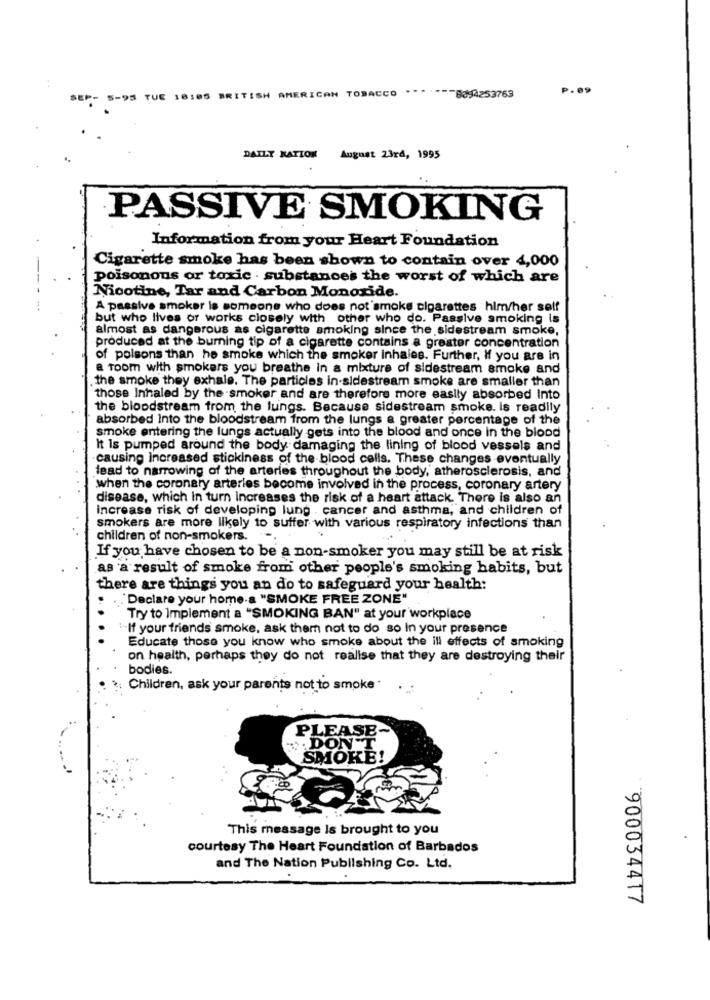
P.09
TUE 10:05 BRITISH AMERICAN TOBACCO *****-- 8894253763
DAILY RATION
August 23rd, 1995
PASSIVE SMOKING
Information from your Heart Foundation
Cigarette smoke has been shown to contain over 4,000
poisonous or toxic . substances the worst of which are
Nicotine, Tar and Carbon Monoxide.
A passive smoker is someone who does not 'smoke cigarettes him/her self
but who lives of works closely with other who do. Passive smoking is
almost as dangerous as cigarette smoking since the sidestream smoke,
produced at the burning tip of a cigarette contains a greater concentration
of polsons than he smoke which the smoker inhales. Further, If you are in
a room with smokers you breathe in a mixture of sidestream smoke and
the smoke they exhale. The particles in-sidestream smoke are smaller than
those Inhaled by the smoker and are therefore more easily absorbed Into
the bloodstream from the lungs. Because sidestream smoke. is readily
absorbed Into the bloodstream from the lungs a greater percentage of the
smoke entering the lungs actually gets into the blood and once in the blood
It Is pumped around the body damaging the lining of blood vessels and
causing increased stickiness of the blood cells. These changes eventually
lead to narrowing of the arteries throughout the body, atherosclerosis, and
when the coronary arteries become involved in the process, coronary artery
disease, which in turn increases the risk of a heart attack. There is also an
Increase risk of developing lung . cancer and asthma, and children of
smokers are more likely to suffer with various respiratory infections than
children of non-smokers.
If you have chosen to be a non-smoker you may still be at risk
as a result of smoke from other people's smoking habits, but
there are things you an do to safeguard your health:
"Declare your home-a "SMOKE FREE ZONE"
Try to Implement a "SMOKING BAN" at your workplace
:If your friends smoke, ask them not to do so In your presence
Educate those you know who smoke about the ill effects of smoking
on health, perhaps they do not realise that they are destroying their
bodies.
Children, ask your parents not to smoke *
PLEASE-
.DON'T
SMOKE!
This message Is brought to you
courtesy The Heart Foundation of Barbados
and The Nation Publishing Co. Ltd.
900034417